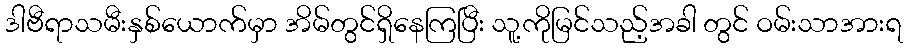
ဒါဗီရာသမီးနှစ်ယောက်မှာ အိမ်တွင်ရှိနေကြပြီး သူ့ကိုမြင်သည့်အခါ တွင် ဝမ်းသာအားရ